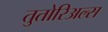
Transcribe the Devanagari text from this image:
तुतोरिअल्स